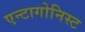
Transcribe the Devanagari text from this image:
एन्टागोनिस्ट